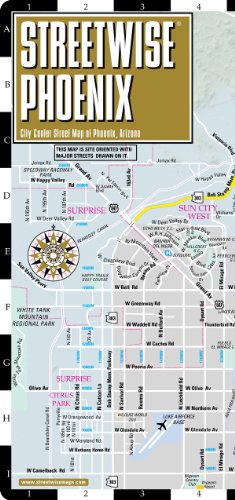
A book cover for Streetwise Phoenix Map - Laminated City Center Street Map of Phoenix, Arizona (Streetwise (Streetwise Maps)); Streetwise Maps Inc.; Travel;